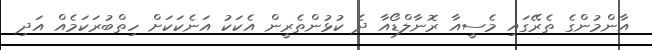
އާންމުންގެ ތެރޭގައި މެސީއާ ރޮނާލްޑޯއާ ދެ ކުޅުންތެރީން އެކަކު އަނެކަކަށް ހިތްބުރަކަމެއް އަދި